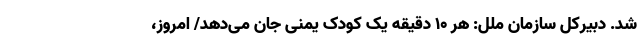
شد. دبیرکل سازمان ملل: هر ۱۰ دقیقه یک کودک یمنی جان می‌دهد/ امروز،